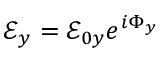
\mathcal { E } _ { y } = \mathcal { E } _ { 0 y } e ^ { i \Phi _ { y } }